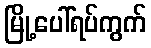
မြို့ပေါ်ရပ်ကွက်